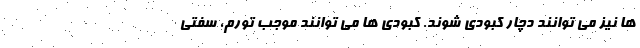
ها نیز می توانند دچار کبودی شوند. کبودی ها می توانند موجب تورم، سفتی